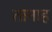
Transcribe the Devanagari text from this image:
तानाह